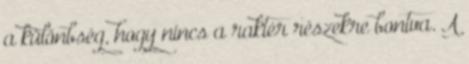
a különbség, hogy nincs a raktér részekre bontva. A